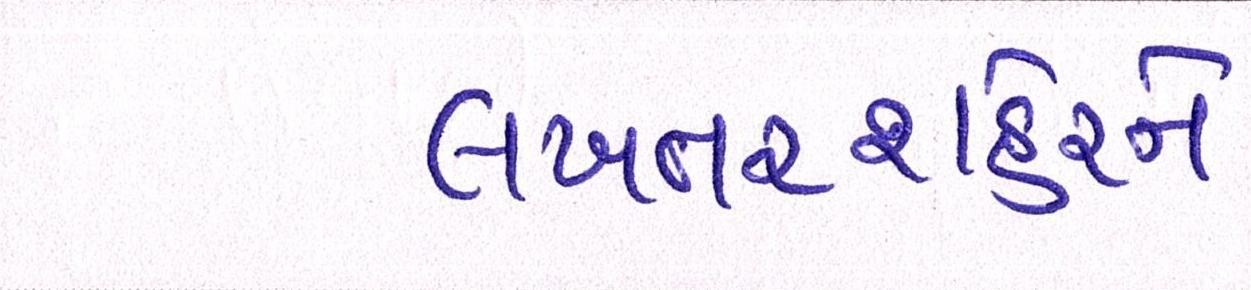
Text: લખતરશહેરને